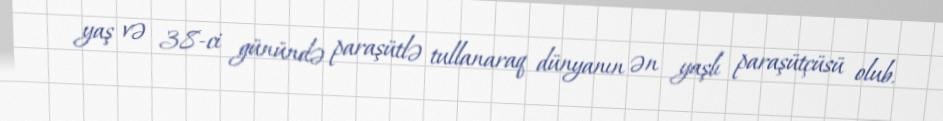
yaş və 38-ci günündə paraşütlə tullanaraq dünyanın ən yaşlı paraşütçüsü olub.